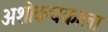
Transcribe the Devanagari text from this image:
अशोकचक्राला